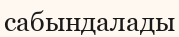
сабындалады